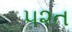
૫૨ત